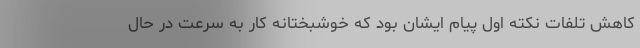
کاهش تلفات نکته اول پیام ایشان بود که خوشبختانه کار به سرعت در حال